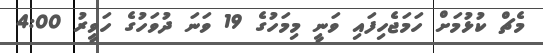
މެޗް ކުޅުމަށް ހަމަޖެހިފައި ވަނީ މިމަހުގެ 19 ވަނަ ދުވަހުގެ ހަވީރު 4:00